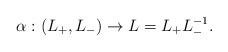
LaTeX: \begin{align*}\alpha: (L_{+}, L_{-}) \rightarrow L=L_{+} L_{-}^{-1}. \end{align*}